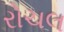
રોચલ